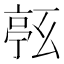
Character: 𠅹